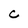
Character: C